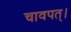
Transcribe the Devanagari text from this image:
चावपत्।